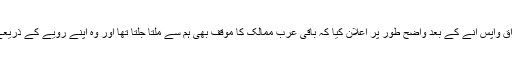
اس اجلاس میں شریک عراقی نمائندوں نے عراق واپس آنے کے بعد واضح طور پر اعلان کیا کہ باقی عرب ممالک کا موقف بھی ہم سے ملتا جلتا تھا اور وہ اپنے رویے کے ذریعے اسے ظاہر کرنے کی کوشش کر رہے تھے۔